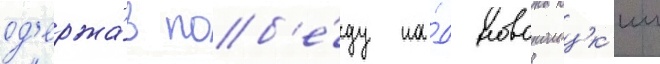
од'ержа́в поб'е́ду на́д новополоцк'им